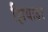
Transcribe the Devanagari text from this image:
झियाउर